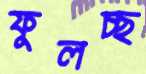
ফুলচ্ছ